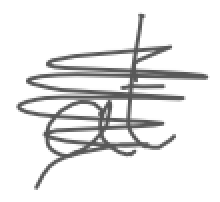
Text: at
Cross-out: scratch
Writing tool: digital_gray